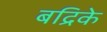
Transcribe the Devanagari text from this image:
बद्रिके